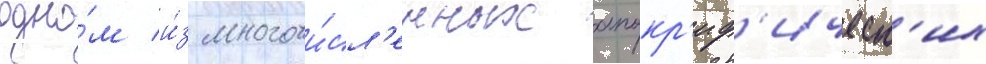
одно́м и́з многочи́сл'енных апокр'иф'ическ'их